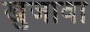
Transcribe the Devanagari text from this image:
खुजावा